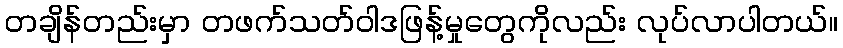
တချိန်တည်းမှာ တဖက်သတ်ဝါဒဖြန့်မှုတွေကိုလည်း လုပ်လာပါတယ်။